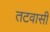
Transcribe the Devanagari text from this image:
तटवासी